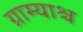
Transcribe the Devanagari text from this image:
ग्राम्याश्च